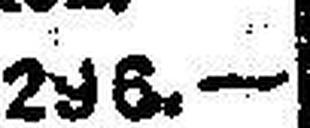
296.—